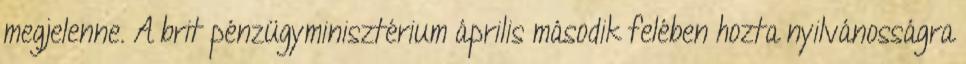
megjelenne. A brit pénzügyminisztérium április második felében hozta nyilvánosságra